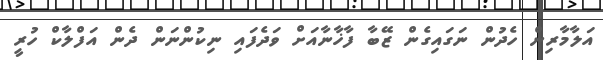
އަލާމާރިން ހެދުން ނަގައިގެން ޒޭބާ ފާޚާނާއަށް ވަދެފައި ނިކުންނަން ދެން އަފްލާކް ހުރީ